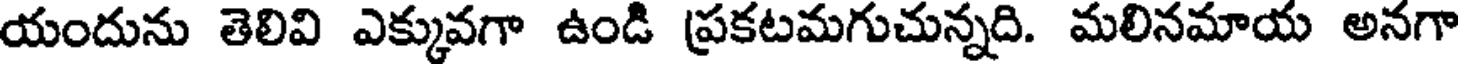
యందును తెలివి ఎక్కువగా ఉండి ప్రకటమగుచున్నది. మలినమాయ అనగా